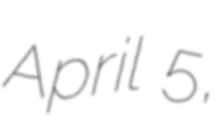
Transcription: April 5,